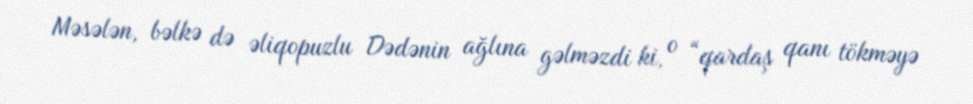
Məsələn, bəlkə də əliqopuzlu Dədənin ağlına gəlməzdi ki, o “qardaş qanı tökməyə